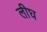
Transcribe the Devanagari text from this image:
लीघ